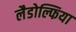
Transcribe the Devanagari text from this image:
लैडोल्फिया